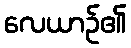
လေယာဉ်၏